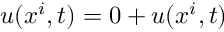
u ( x ^ { i } , t ) = 0 + u ( x ^ { i } , t )